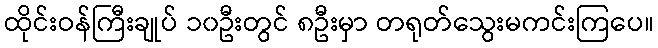
ထိုင်းဝန်ကြီးချုပ် ၁၀ဦးတွင် ၈ဦးမှာ တရုတ်သွေးမကင်းကြပေ။